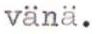
vänä.